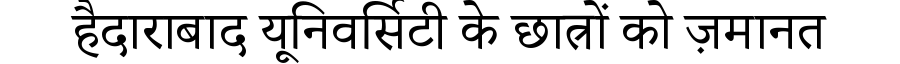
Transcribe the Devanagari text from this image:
हैदाराबाद यूनिवर्सिटी के छात्रों को ज़मानत